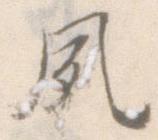
夙